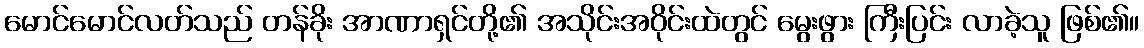
မောင်မောင်လတ်သည် တန်ခိုး အာဏာရှင်တို့၏ အသိုင်းအဝိုင်းထဲတွင် မွေးဖွား ကြီးပြင်း လာခဲ့သူ ဖြစ်၏။